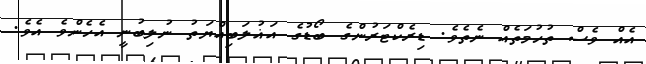
އެއް ވެސް ތުހުމަތެއް ނެތެވެ. ޑިރެކްޓަރުންގެ ބޯޑުގެ އަޣުލަބިއްޔަތު ނުލިބުނީ އެހެންވެ އެވެ.